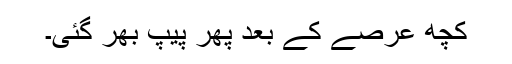
کچھ عرصے کے بعد پھر پیپ بھر گئی۔